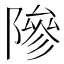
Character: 𬯘